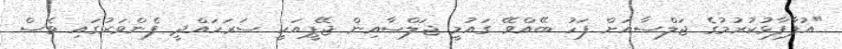
"އުފާފާޅުކުރުމުގެ ޖަލްސާއަށް ފަހު ބޭއްވޭ ގައުމީ ޖަލްސާއިން ޖޭޕީއަކީ ސަރަހައްދީ ފެންވަރުގައި ވެސް